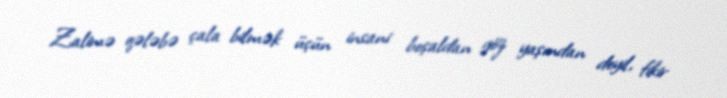
Zalimə qələbə çala bilmək üçün insani boşaldan göz yaşından deyil, fikir